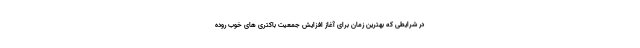
در شرایطی که بهترین زمان برای آغاز افزایش جمعیت باکتری های خوب روده